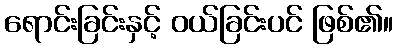
ရောင်းခြင်းနှင့် ဝယ်ခြင်းပင် ဖြစ်၏။